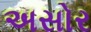
અસોર